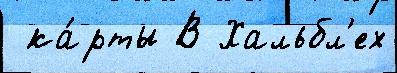
 ка́рты В Хальбл'ех